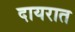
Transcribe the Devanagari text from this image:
दायरात